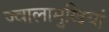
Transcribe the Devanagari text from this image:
ज्वालामुखियां